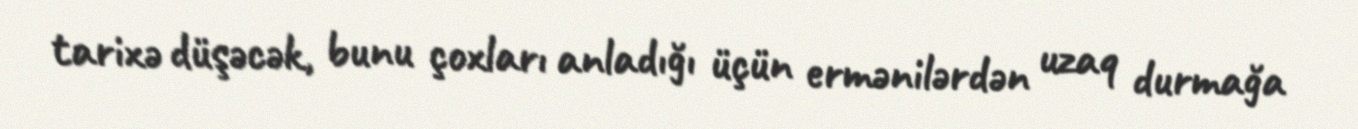
tarixə düşəcək, bunu çoxları anladığı üçün ermənilərdən uzaq durmağa